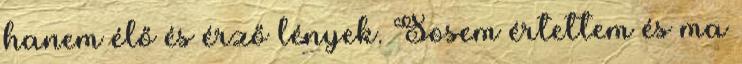
hanem élő és érző lények. Sosem értettem és ma